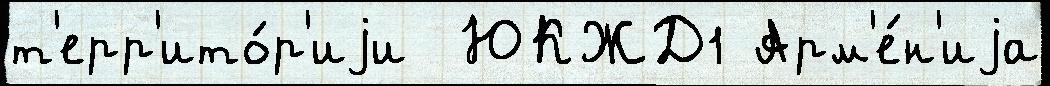
т'ерр'ито́р'иjи  ЮКЖД1 Арм'е́н'иjа